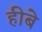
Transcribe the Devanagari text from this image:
हीबे